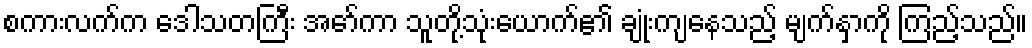
စကားလက်က ဒေါသတကြီး အော်ကာ သူတို့သုံးယောက်၏ ချုံးကျနေသည့် မျက်နှာကို ကြည့်သည်။